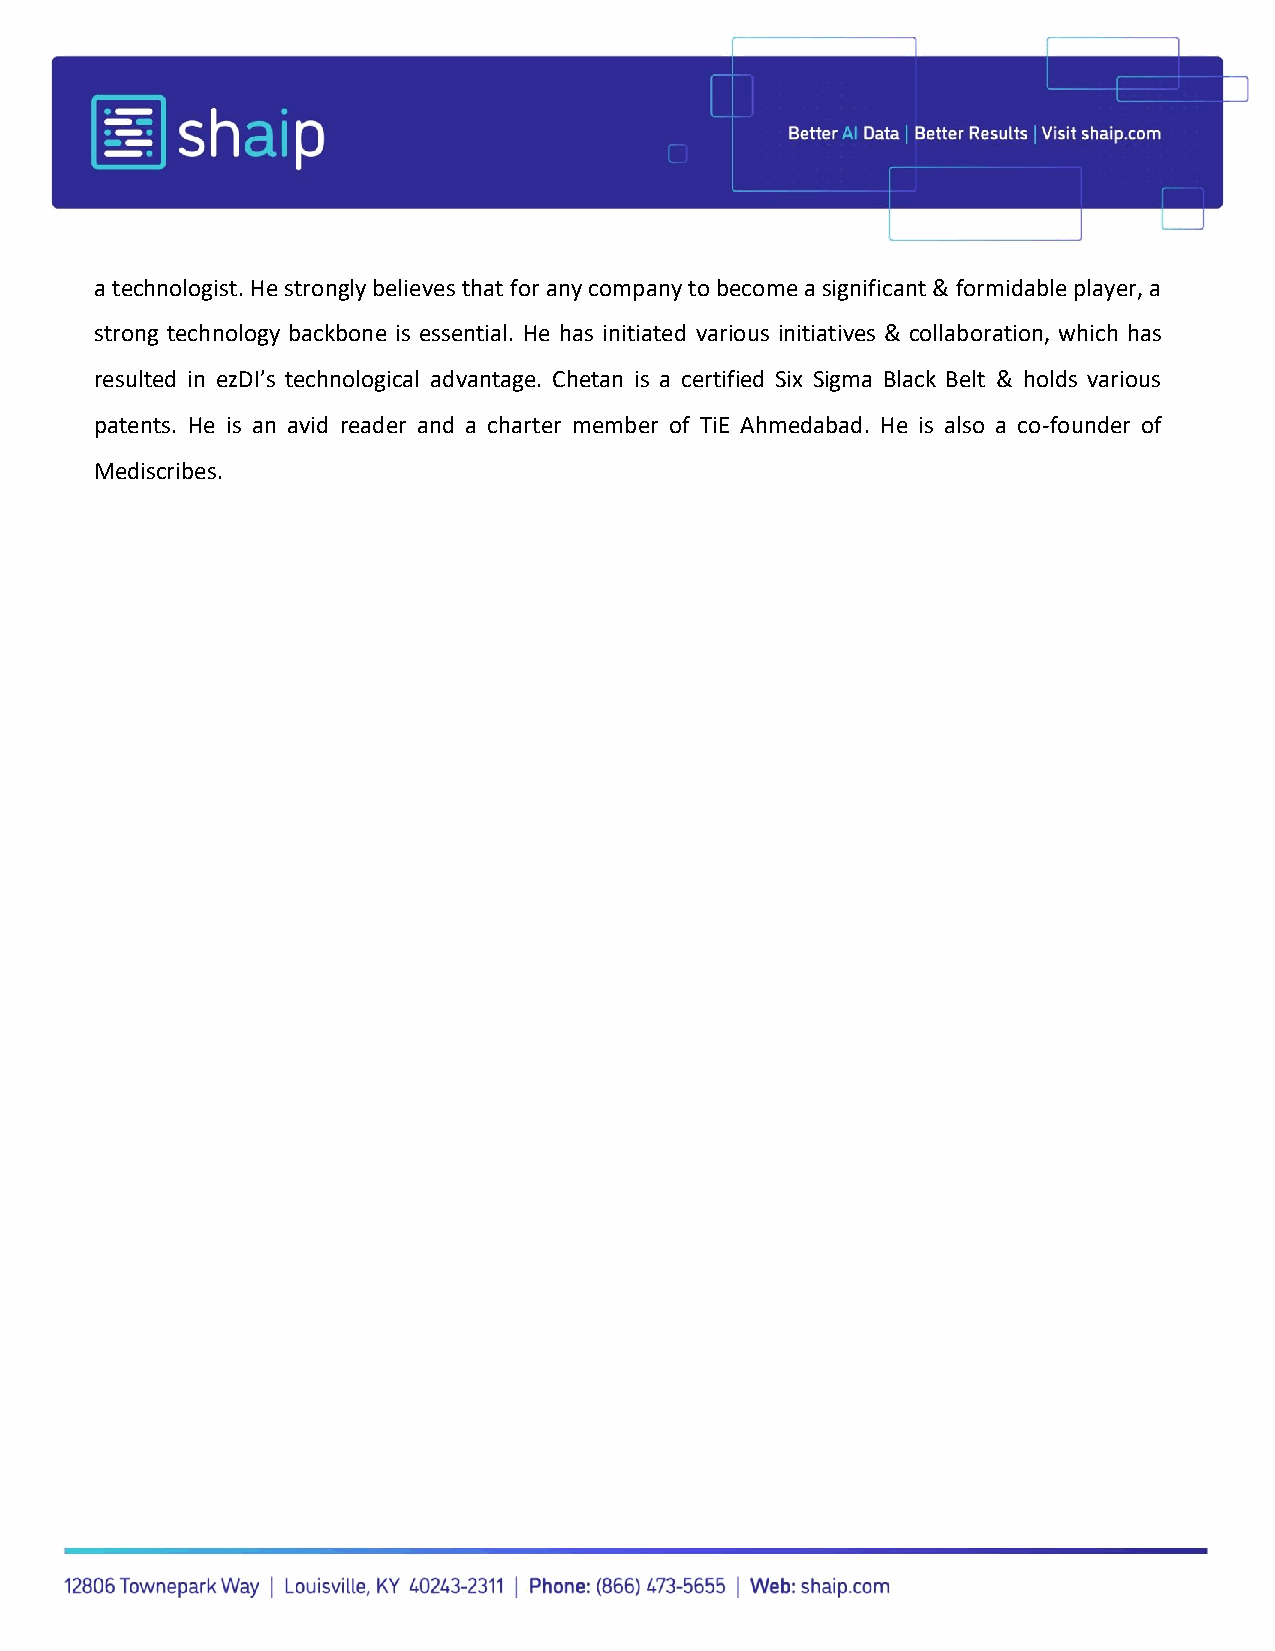
a technologist. He strongly believes that for any company to become a significant & formidable player, a
 strong technology backbone is essential. He has initiated various initiatives & collaboration, which has
 resulted in ezDI’s technological advantage. Chetan is a certified Six Sigma Black Belt & holds various
 patents. He is an avid reader and a charter member of TiE Ahmedabad. He is also a co-founder of
 Mediscribes.